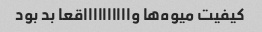
کیفیت میوه‌ها وااااااااااقعا بد بود